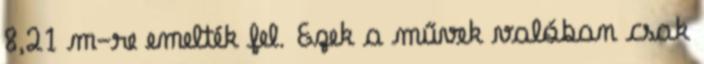
8,21 m-re emelték fel. Ezek a művek valóban csak